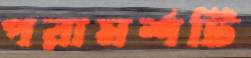
পরামর্শটি